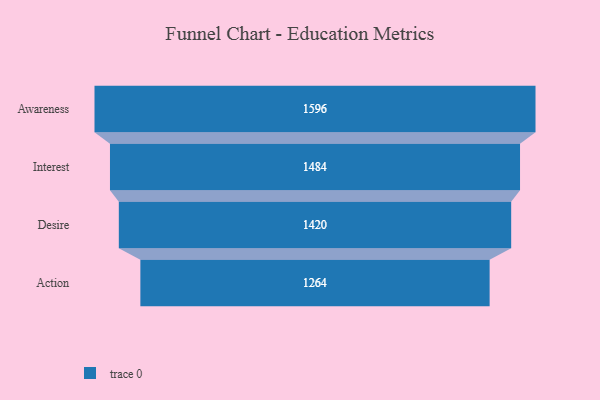
{"axis": {"x": "Stage", "y": "Value"}, "legend": [""], "data": [{"x": "Awareness", "y": 1596.0, "type": ""}, {"x": "Interest", "y": 1484.0, "type": ""}, {"x": "Desire", "y": 1420.0, "type": ""}, {"x": "Action", "y": 1264.0, "type": ""}]}